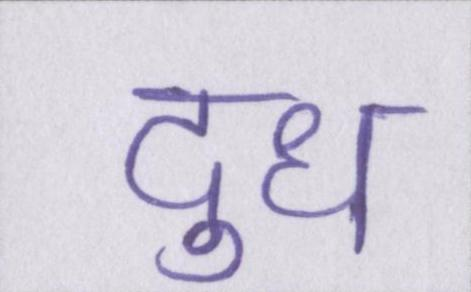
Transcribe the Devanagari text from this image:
दुध